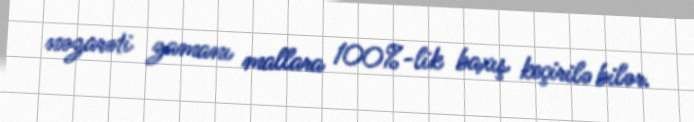
nəzarəti zamanı mallara 100%-lik baxış keçirilə bilər.